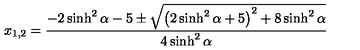
x _ { 1 , 2 } = \frac { - 2 \sinh ^ { 2 } \alpha - 5 \pm \sqrt { \left( 2 \sinh ^ { 2 } { \alpha } + 5 \right) ^ { 2 } + 8 \sinh ^ { 2 } { \alpha } } } { 4 \sinh ^ { 2 } { \alpha } }